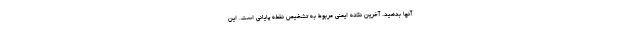
آنها بدهید. آخرین نکته ایمنی مربوط به تشخیص نقطه پایانی است. این